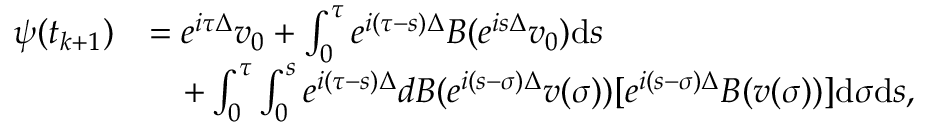
\begin{array} { r l } { \psi ( t _ { k + 1 } ) } & { = e ^ { i \tau \Delta } v _ { 0 } + \int _ { 0 } ^ { \tau } e ^ { i ( \tau - s ) \Delta } B ( e ^ { i s \Delta } v _ { 0 } ) \mathrm { d } s } \\ & { \quad + \int _ { 0 } ^ { \tau } \int _ { 0 } ^ { s } e ^ { i ( \tau - s ) \Delta } d B ( e ^ { i ( s - \sigma ) \Delta } v ( \sigma ) ) [ e ^ { i ( s - \sigma ) \Delta } B ( v ( \sigma ) ) ] \mathrm { d } \sigma \mathrm { d } s , } \end{array}